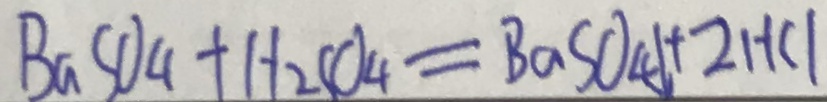
B a S O _ { 4 } + H _ { 2 } S O _ { 4 } = B a S O _ { 4 } \downarrow + 2 H C l